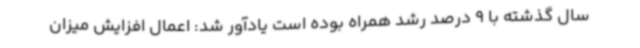
سال گذشته با 9 درصد رشد همراه بوده است یادآور شد: اعمال افزایش میزان